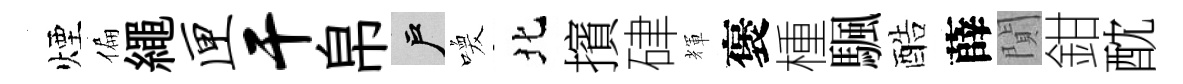
煙偏繩匣干帛户喚北擯硉輝褒㮔颿酷薛閴鉗酖